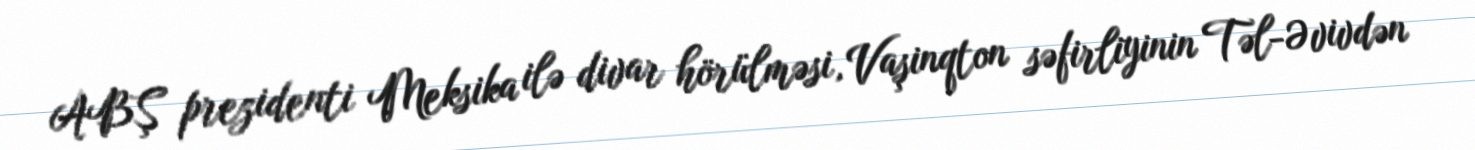
ABŞ prezidenti Meksika ilə divar hörülməsi, Vaşinqton səfirliyinin Təl-Əvivdən